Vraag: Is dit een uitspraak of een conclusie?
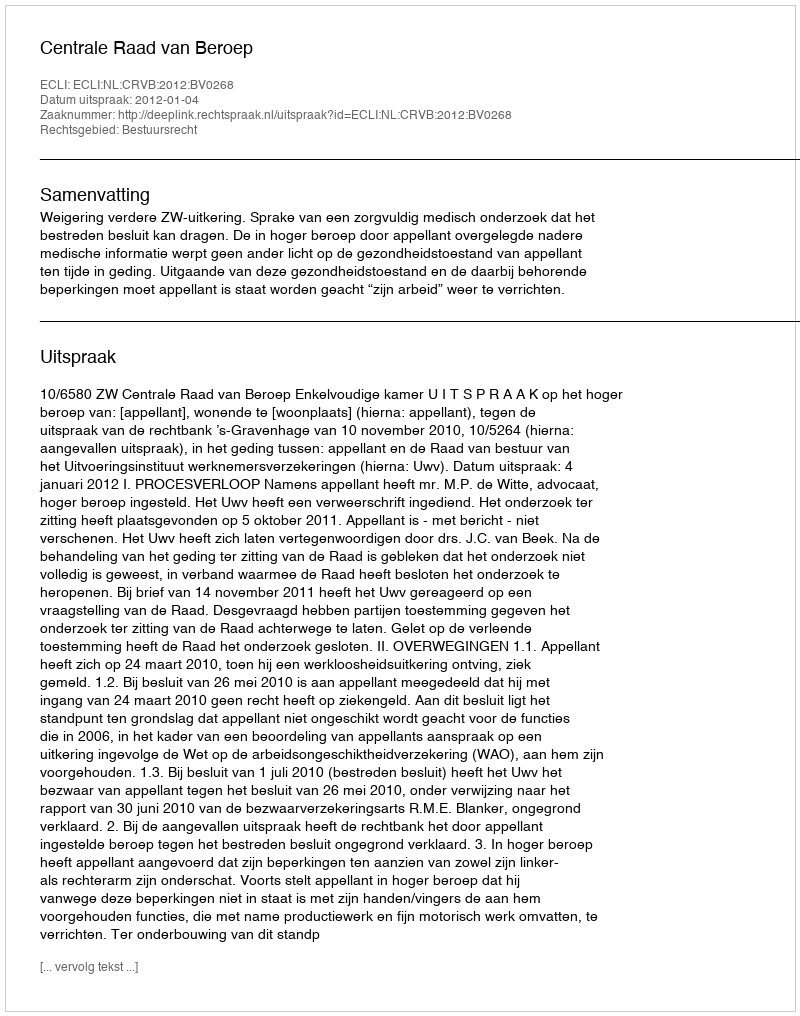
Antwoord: Uitspraak